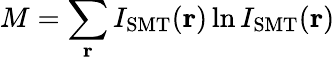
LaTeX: M=\sum_{\textbf{r}}I_{\mathrm{SMT}}(\textbf{r})\ln I_{\mathrm{SMT}}(\textbf{r})